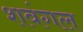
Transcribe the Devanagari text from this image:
शवंगल